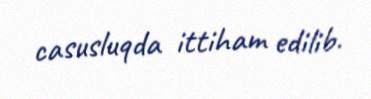
casusluqda ittiham edilib.